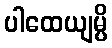
ပါထေယျမ္ပိ